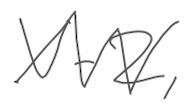
Text: V-2,
Cross-out: zig-zag
Writing tool: digital_gray